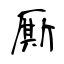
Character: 厮